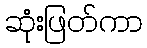
ဆုံးဖြတ်ကာ